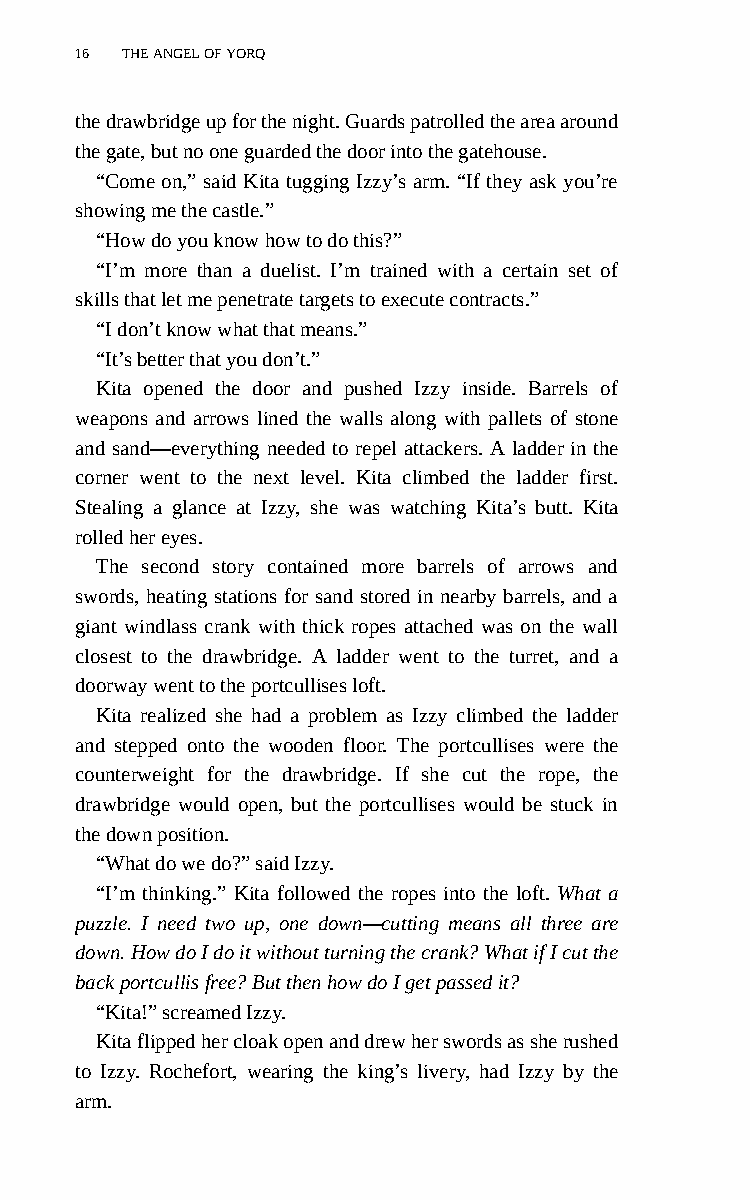
16 THE ANGEL OF YORQ
 the drawbridge up for the night. Guards patrolled the area around
 the gate, but no one guarded the door into the gatehouse.
 “Come on,” said Kita tugging Izzy’s arm. “If they ask you’re
 showing me the castle.”
 “How do you know how to do this?”
 “I’m more than a duelist. I’m trained with a certain set of
 skills that let me penetrate targets to execute contracts.”
 “I don’t know what that means.”
 “It’s better that you don’t.”
 Kita opened the door and pushed Izzy inside. Barrels of
 weapons and arrows lined the walls along with pallets of stone
 and sand—everything needed to repel attackers. A ladder in the
 corner went to the next level. Kita climbed the ladder first.
 Stealing a glance at Izzy, she was watching Kita’s butt. Kita
 rolled her eyes.
 The second story contained more barrels of arrows and
 swords, heating stations for sand stored in nearby barrels, and a
 giant windlass crank with thick ropes attached was on the wall
 closest to the drawbridge. A ladder went to the turret, and a
 doorway went to the portcullises loft.
 Kita realized she had a problem as Izzy climbed the ladder
 and stepped onto the wooden floor. The portcullises were the
 counterweight for the drawbridge. If she cut the rope, the
 drawbridge would open, but the portcullises would be stuck in
 the down position.
 “What do we do?” said Izzy.
 “I’m thinking.” Kita followed the ropes into the loft. What a
 puzzle. I need two up, one down—cutting means all three are
 down. How do I do it without turning the crank? What if I cut the
 back portcullis free? But then how do I get passed it?
 “Kita!” screamed Izzy.
 Kita flipped her cloak open and drew her swords as she rushed
 to Izzy. Rochefort, wearing the king’s livery, had Izzy by the
 arm.